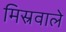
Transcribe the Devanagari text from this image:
मिस्रवाले